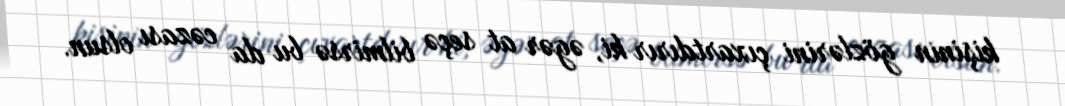
kişinin gözlərini çıxartdırır ki, əgər at seçə bilmirsə bu da cəzası olsun.